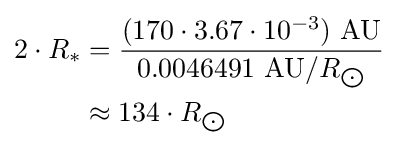
{\begin{aligned}2\cdot R_{*}&={\frac {(170\cdot 3.67\cdot 10^{-3})\ {\text{AU}}}{0.0046491\ {\text{AU}}/R_{\bigodot }}}\\&\approx 134\cdot R_{\bigodot }\end{aligned}}